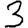
Digit: 3